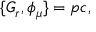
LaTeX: \{ G _ { r } , \phi _ { \mu } \} = p c ,